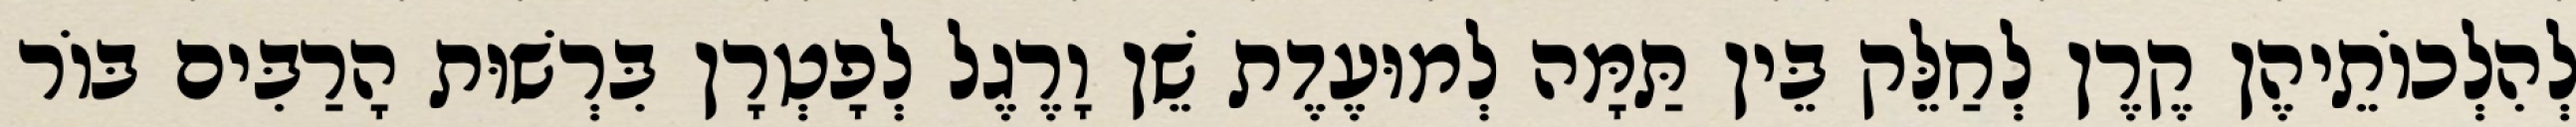
לְהִלְכוֹתֵיהֶן קֶרֶן לְחַלֵּק בֵּין תַּמָּה לְמוּעֶדֶת שֵׁן וָרֶגֶל לְפָטְרָן בִּרְשׁוּת הָרַבִּים בּוֹר